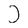
Character: D